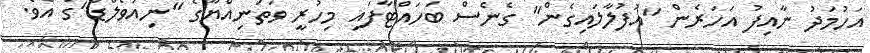
އަހުމަދު ނާއިފު އަހަރެން "އުފުލާލައިގެން" ގެނެސް ބަހައްޓާފައި މިހުރީ ވަތަނިއްޔާގެ "ނިއުވޯލްޑް"ގަ އެވެ.